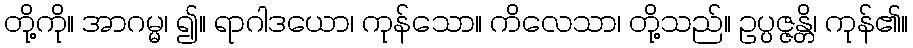
တို့ကို။ အာဂမ္မ၊ ၍။ ရာဂါဒယော၊ ကုန်သော။ ကိလေသာ၊ တို့သည်။ ဥပ္ပဇ္ဇန္တိ၊ ကုန်၏။